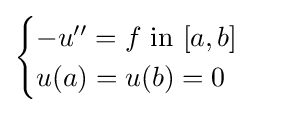
{\begin{cases}-u''=f{\mbox{ in }}[a,b]\\u(a)=u(b)=0\end{cases}}